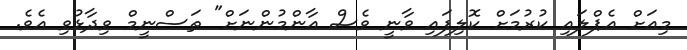
މިއަށް އެޕްލައި ކުރުމަށް ކޮލިފައި ވާނީ ވެސް އާންމުންނަށް" ތަސްނީމް ވިދާޅުވި އެވެ.